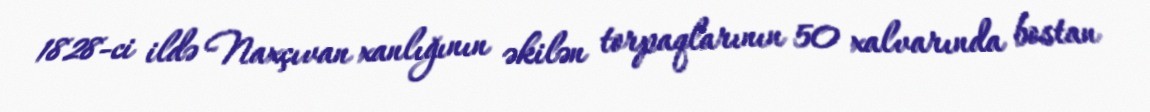
1828-ci ildə Naxçıvan xanlığının əkilən torpaqlarının 50 xalvarında bostan